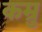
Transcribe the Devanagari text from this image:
कम्रु